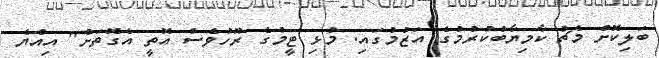
ބަލިކޮށް މެޗު ކާމިޔާބުކުރުމުގެ އަޒުމުގައި. މުޅި ޓީމުގެ ރޫހުވެސް އޮތީ އެގޮތަށް" އިއްޔެ